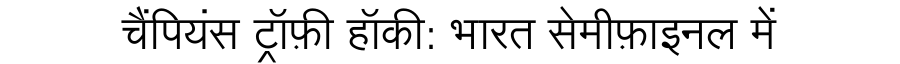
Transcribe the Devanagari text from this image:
चैंपियंस ट्रॉफ़ी हॉकी: भारत सेमीफ़ाइनल में